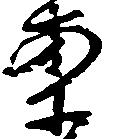
案